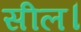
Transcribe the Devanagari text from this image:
सील।